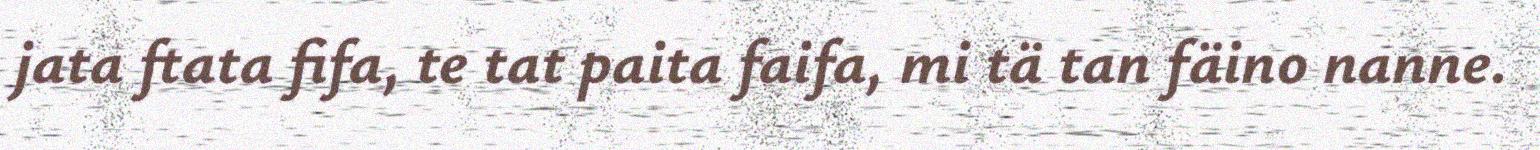
jata ftata fifa, te tat paita faifa, mi tä tan fäino nanne.